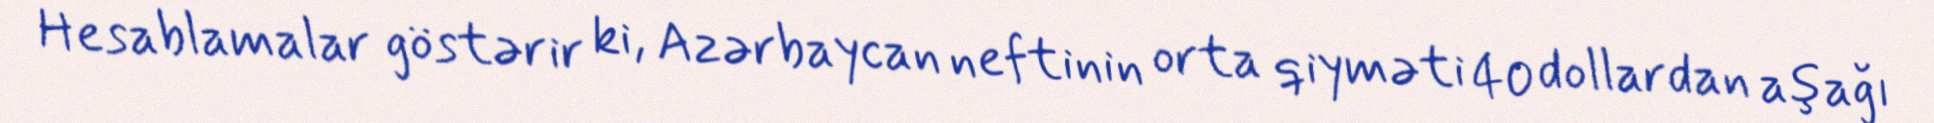
Hesablamalar göstərir ki, Azərbaycan neftinin orta qiyməti 40 dollardan aşağı